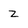
Character: Z